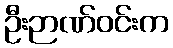
ဦးဉာဏ်ဝင်းက